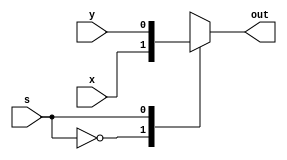
module D_latch_2x1(
    input x,
    input y,
    input s,
    output reg out
    );
    
    always @ (*)
    begin 
        case(s)
             1'b0 : out = x;
             1'b1 : out = y;
        endcase
    end         
endmodule